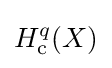
H_{\mathrm {c} }^{q}(X)